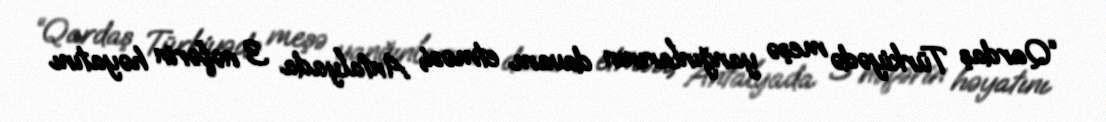
“Qardaş Türkiyədə meşə yanğınlarının davam etməsi, Antalyada 3 nəfərin həyatını